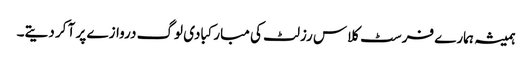
ہمیشہ ہمارے فرسٹ کلاس رزلٹ کی مبارکبادی لوگ دروازے پر آ کر دیتے۔